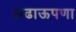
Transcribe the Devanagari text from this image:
लढाऊपणा